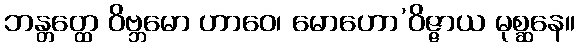
ဘန္တတ္ထေ ဝိဗ္ဘမော ဟာဝေ၊ မောဟော’ဝိဇ္ဇာယ မုစ္ဆနေ။